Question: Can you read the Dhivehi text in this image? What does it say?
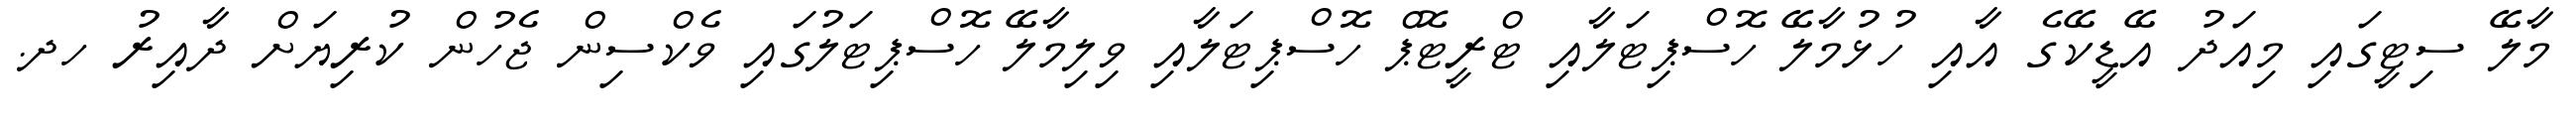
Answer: މާލޭ ސިޓީގައި މިއަދު އޭޑީކޭގެ އާއި ހުޅުމާލޭ ހޮސްޕިޓަލާއި ޓްރީޓޮޕް ހޮސްޕިޓަލާއި ވިލިމާލޭ ހޮސްޕިޓަލުގައި ވެކްސިން ޖެހުން ކުރިޔަށް ދާއިރު ހދ.